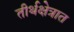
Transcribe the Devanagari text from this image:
तीर्थक्षेत्रात